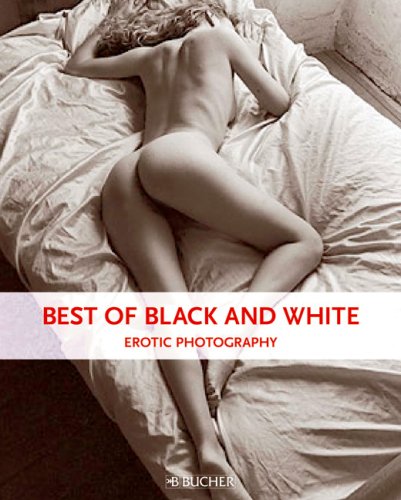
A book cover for Best of Black and White: Erotic Photography; Peter Delius; Arts & Photography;